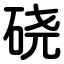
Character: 硗